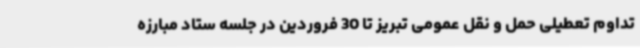
تداوم تعطیلی حمل و نقل عمومی تبریز تا 30 فروردین در جلسه ستاد مبارزه